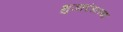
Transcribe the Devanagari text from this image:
भुजादंडाच्या